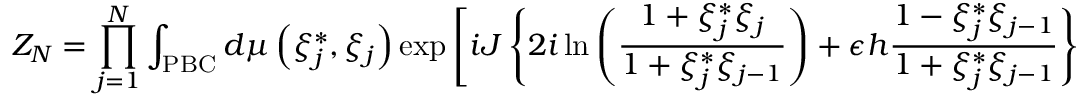
Z _ { N } = \prod _ { j = 1 } ^ { N } \int _ { \mathrm { P B C } } { d \mu \left( { \xi _ { j } ^ { * } , \xi _ { j } } \right) } \exp \left[ i J \left\{ 2 i \ln \left( { \frac { 1 + \xi _ { j } ^ { * } \xi _ { j } } { 1 + \xi _ { j } ^ { * } \xi _ { j - 1 } } } \right) + \epsilon h { \frac { 1 - \xi _ { j } ^ { * } \xi _ { j - 1 } } { 1 + \xi _ { j } ^ { * } \xi _ { j - 1 } } } \right\} \right] .